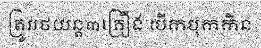
ត្រូវរថយន្ត៣គ្រឿង បើកបុកកិន